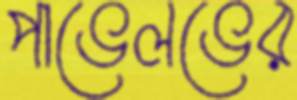
পাভেলভের